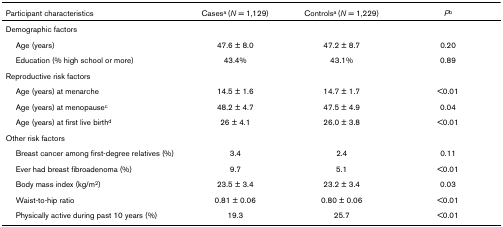
<table><thead><tr><td><b>Participant characteristics</b></td><td><b>Cases<sup>a </sup>(<i>N </i>= 1,129)</b></td><td><b>Controls<sup>a </sup>(<i>N </i>= 1,229)</b></td><td><b><i>P</i><sup>b</sup></b></td></tr></thead><tbody><tr><td>Demographic factors</td><td></td><td></td><td></td></tr><tr><td> Age (years)</td><td>47.6 ± 8.0</td><td>47.2 ± 8.7</td><td>0.20</td></tr><tr><td> Education (% high school or more)</td><td>43.4%</td><td>43.1%</td><td>0.89</td></tr><tr><td>Reproductive risk factors</td><td></td><td></td><td></td></tr><tr><td> Age (years) at menarche</td><td>14.5 ± 1.6</td><td>14.7 ± 1.7</td><td>&lt;0.01</td></tr><tr><td> Age (years) at menopause<sup>c</sup></td><td>48.2 ± 4.7</td><td>47.5 ± 4.9</td><td>0.04</td></tr><tr><td> Age (years) at first live birth<sup>d</sup></td><td>26 ± 4.1</td><td>26.0 ± 3.8</td><td>&lt;0.01</td></tr><tr><td>Other risk factors</td><td></td><td></td><td></td></tr><tr><td> Breast cancer among first-degree relatives (%)</td><td>3.4</td><td>2.4</td><td>0.11</td></tr><tr><td> Ever had breast fibroadenoma (%)</td><td>9.7</td><td>5.1</td><td>&lt;0.01</td></tr><tr><td> Body mass index (kg/m<sup>2</sup>)</td><td>23.5 ± 3.4</td><td>23.2 ± 3.4</td><td>0.03</td></tr><tr><td> Waist-to-hip ratio</td><td>0.81 ± 0.06</td><td>0.80 ± 0.06</td><td>&lt;0.01</td></tr><tr><td> Physically active during past 10 years (%)</td><td>19.3</td><td>25.7</td><td>&lt;0.01</td></tr></tbody></table>